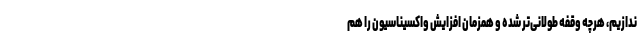
ندازیم، هرچه وقفه طولانی‌تر شده و همزمان افزایش واکسیناسیون را هم